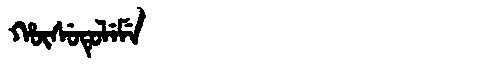
Manchu: ᡥᡡᠰᡠᡨᡠᠯᡝᠮᡝ
Romanization: HŪSUTULEME